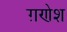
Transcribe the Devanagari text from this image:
ग़णेश